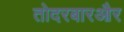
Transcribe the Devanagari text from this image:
तोदरबारऔर